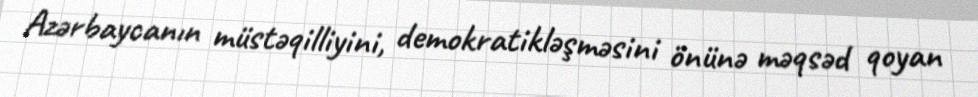
Azərbaycanın müstəqilliyini, demokratikləşməsini önünə məqsəd qoyan